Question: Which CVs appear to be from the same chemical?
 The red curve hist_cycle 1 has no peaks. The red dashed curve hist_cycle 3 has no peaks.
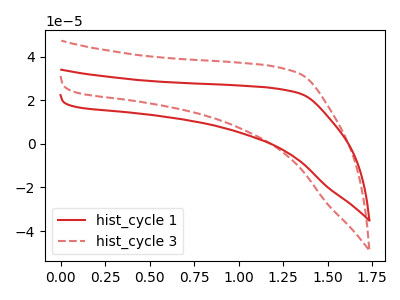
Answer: <think>Neither "hist_cycle 1" or "hist_cycle 3" have any peaks.
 </think>
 <answer>"hist_cycle 3" and "hist_cycle 1" have the same shape and are likely CV's of the same chemical.</answer>
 <eval>"hist_cycle 3" "hist_cycle 1"</eval>